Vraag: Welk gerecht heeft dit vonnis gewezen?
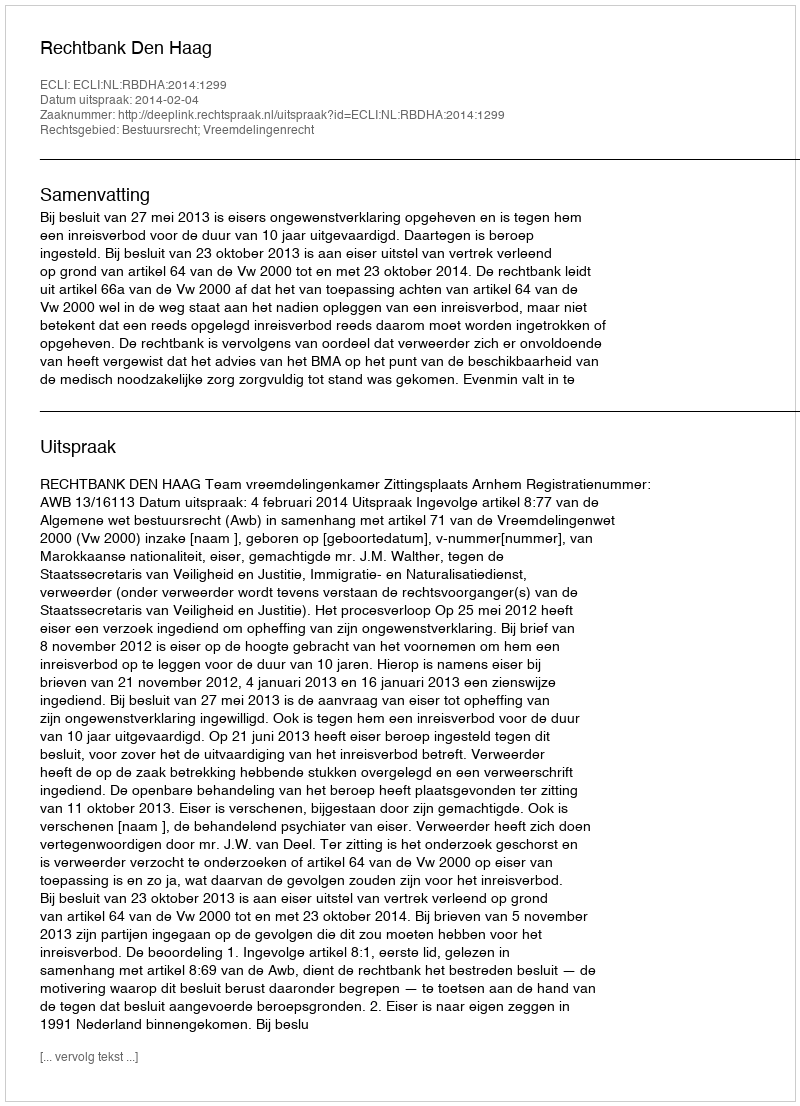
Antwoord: Rechtbank Den Haag